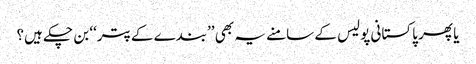
یا پھر پاکستانی پولیس کے سامنے یہ بھی ’’بندے کے پتر‘‘ بن چکے ہیں؟